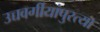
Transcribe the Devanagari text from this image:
उच्चवर्गीयांपुरत्या